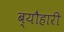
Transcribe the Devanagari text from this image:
ब्यौहारी